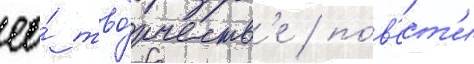
ео́ тво́рчеств'е / по́в'ест'и